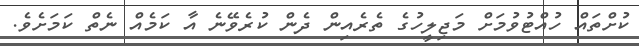
ކުށްތައް ހުއްޓުވުމަށް މަޖިލީހުގެ ތެރެއިން ދެން ކުރެވޭނެ އާ ކަމެއް ނެތް ކަމަށެވެ.